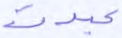
عبدت